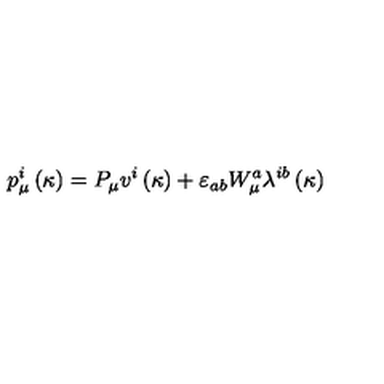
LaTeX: p _ { \mu } ^ { i } \left( \kappa \right) = P _ { \mu } v ^ { i } \left( \kappa \right) + \varepsilon _ { a b } W _ { \mu } ^ { a } \lambda ^ { i b } \left( \kappa \right)